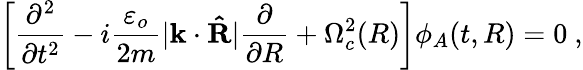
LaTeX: \left[{\frac{\partial^{2}}{\partial t^{2}}}-i\frac{\varepsilon_{o}}{2m}\vert\mathbf k\cdot\mathbf{\hat{R}}\vert\frac{\partial}{\partial R}+\Omega_{c}^{2}(R)\right]\phi_{A}(t,R)=0\ ,